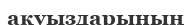
ақуыздарының